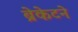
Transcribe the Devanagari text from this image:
ब्रेकेटने